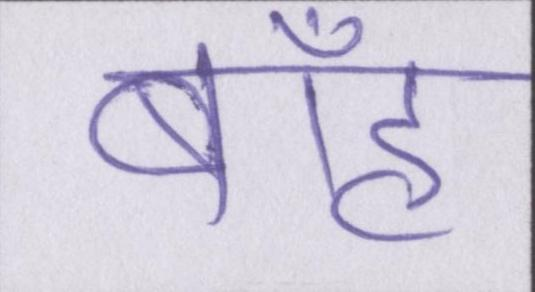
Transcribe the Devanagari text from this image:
बाँह